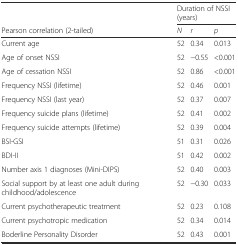
<table><thead><tr><td></td><td colspan="3"><b>Duration of NSSI (years)</b></td></tr><tr><td><b>Pearson correlation (2-tailed)</b></td><td><b><i>N</i></b></td><td><b><i>r</i></b></td><td><b><i>p</i></b></td></tr></thead><tbody><tr><td>Current age</td><td>52</td><td>0.34</td><td>0.013</td></tr><tr><td>Age of onset NSSI</td><td>52</td><td>−0.55</td><td>&lt;0.001</td></tr><tr><td>Age of cessation NSSI</td><td>52</td><td>0.86</td><td>&lt;0.001</td></tr><tr><td>Frequency NSSI (lifetime)</td><td>52</td><td>0.46</td><td>0.001</td></tr><tr><td>Frequency NSSI (last year)</td><td>52</td><td>0.37</td><td>0.007</td></tr><tr><td>Frequency suicide plans (lifetime)</td><td>52</td><td>0.41</td><td>0.002</td></tr><tr><td>Frequency suicide attempts (lifetime)</td><td>52</td><td>0.39</td><td>0.004</td></tr><tr><td>BSI-GSI</td><td>51</td><td>0.31</td><td>0.026</td></tr><tr><td>BDI-II</td><td>51</td><td>0.42</td><td>0.002</td></tr><tr><td>Number axis 1 diagnoses (Mini-DIPS)</td><td>52</td><td>0.40</td><td>0.003</td></tr><tr><td>Social support by at least one adult during childhood/adolescence</td><td>52</td><td>−0.30</td><td>0.033</td></tr><tr><td>Current psychotherapeutic treatment</td><td>52</td><td>0.23</td><td>0.108</td></tr><tr><td>Current psychotropic medication</td><td>52</td><td>0.34</td><td>0.014</td></tr><tr><td>Boderline Personality Disorder</td><td>52</td><td>0.43</td><td>0.001</td></tr></tbody></table>